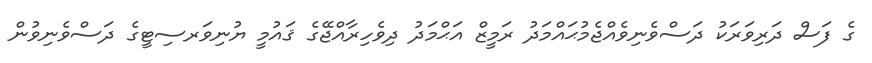
ގެ ފަސް ދަރިވަރަކު ދަސްވެނިވެއްޖެމުޙައްމަދު ރަމީޒް އަޙްމަދު ދިވެހިރާއްޖޭގެ ޤައުމީ ޔުނިވަރސިޓީގެ ދަސްވެނިވުން